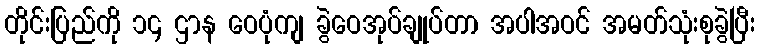
တိုင်းပြည်ကို ၁၄ ဌာန ဝေပုံကျ ခွဲဝေအုပ်ချုပ်တာ အပါအဝင် အမတ်သုံးစုခွဲပြီး